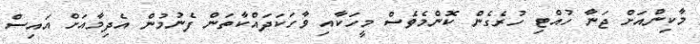
މާކިންއަށް ޖަނާ ހުއްޓި ހުރެގެން ކޮންމެވެސް މީހަކާއި ވާހަކަދައްކާތަން ފެނުމުން އެދިމާއަށް އައިސް